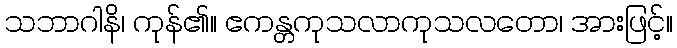
သဘာဂါနိ၊ ကုန်၏။ ဧကန္တကုသလာကုသလတော၊ အားဖြင့်။